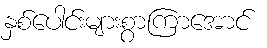
နှစ်ပေါင်းများစွာကြာအောင်